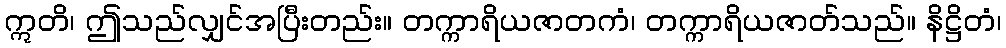
ဣတိ၊ ဤသည်လျှင်အပြီးတည်း။ တက္ကာရိယဇာတကံ၊ တက္ကာရိယဇာတ်သည်။ နိဋ္ဌိတံ၊